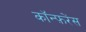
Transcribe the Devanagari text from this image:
काॅन्फ़रेंस